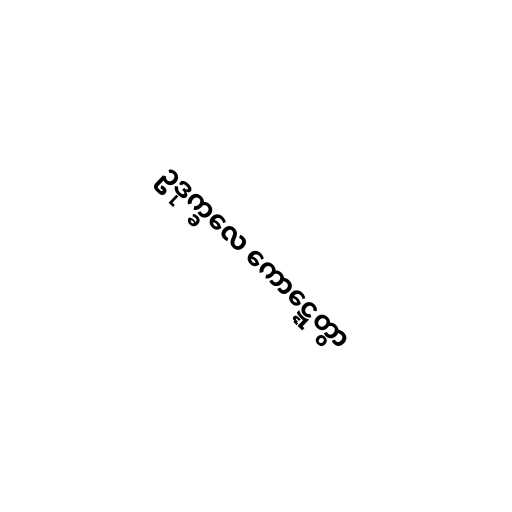
ဥဒုက္ခလေ ကောဋ္ဋေတွာ